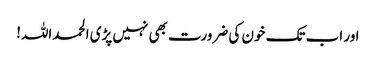
اور اب تک خون کی ضرورت بھی نہیں پڑی الحمداللہ!